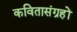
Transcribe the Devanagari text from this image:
कवितासंग्रहों